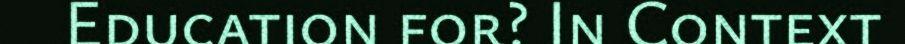
Education for? In Context